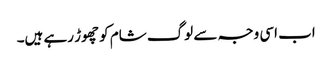
اب اسی وجہ سے لوگ شام کو چھوڑ رہے ہیں۔